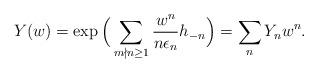
LaTeX: \begin{align*}Y(w)=\exp\Big(\sum_{m\nmid n\geq1}\frac{w^n}{n\epsilon_n}h_{-n}\Big)=\sum_n Y_{n} w^n.\end{align*}